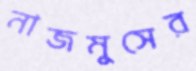
নাজমুসের